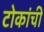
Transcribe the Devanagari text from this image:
टोकांची